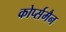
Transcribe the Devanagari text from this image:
कोर्प्समैन